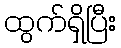
ထွက်ရှိပြီး